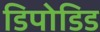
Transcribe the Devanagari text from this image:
डिपोडिड